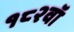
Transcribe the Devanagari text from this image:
१८२वॉ